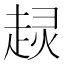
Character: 𧼍